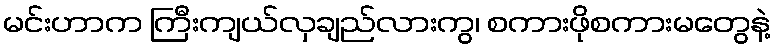
မင်းဟာက ကြီးကျယ်လှချည်လားကွ၊ စကားဖိုစကားမတွေနဲ့